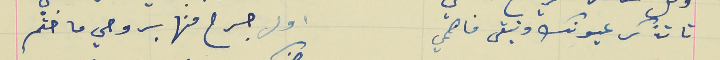
تا تذكر عيونك وتبقى فاهمي                                           اول جرح منها بروحي ما ختم